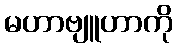
မဟာဗျူဟာကို